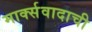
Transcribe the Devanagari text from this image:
मार्क्सवादाची